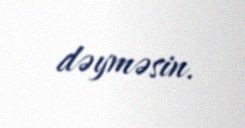
dəyməsin.